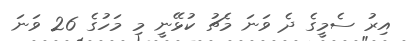
އިރު ސެމީގެ ދެ ވަނަ މެޗު ކުޅޭނީ މި މަހުގެ 26 ވަނަ